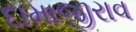
દામાજીરાવ